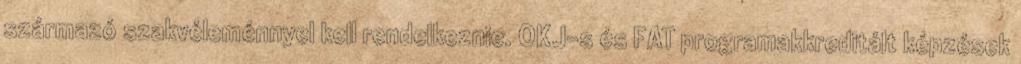
származó szakvéleménnyel kell rendelkeznie. OKJ-s és FAT programakkreditált képzések